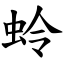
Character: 蛉